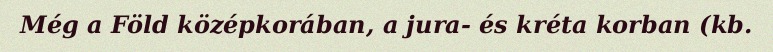
Még a Föld középkorában, a jura- és kréta korban (kb.